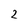
Character: 2